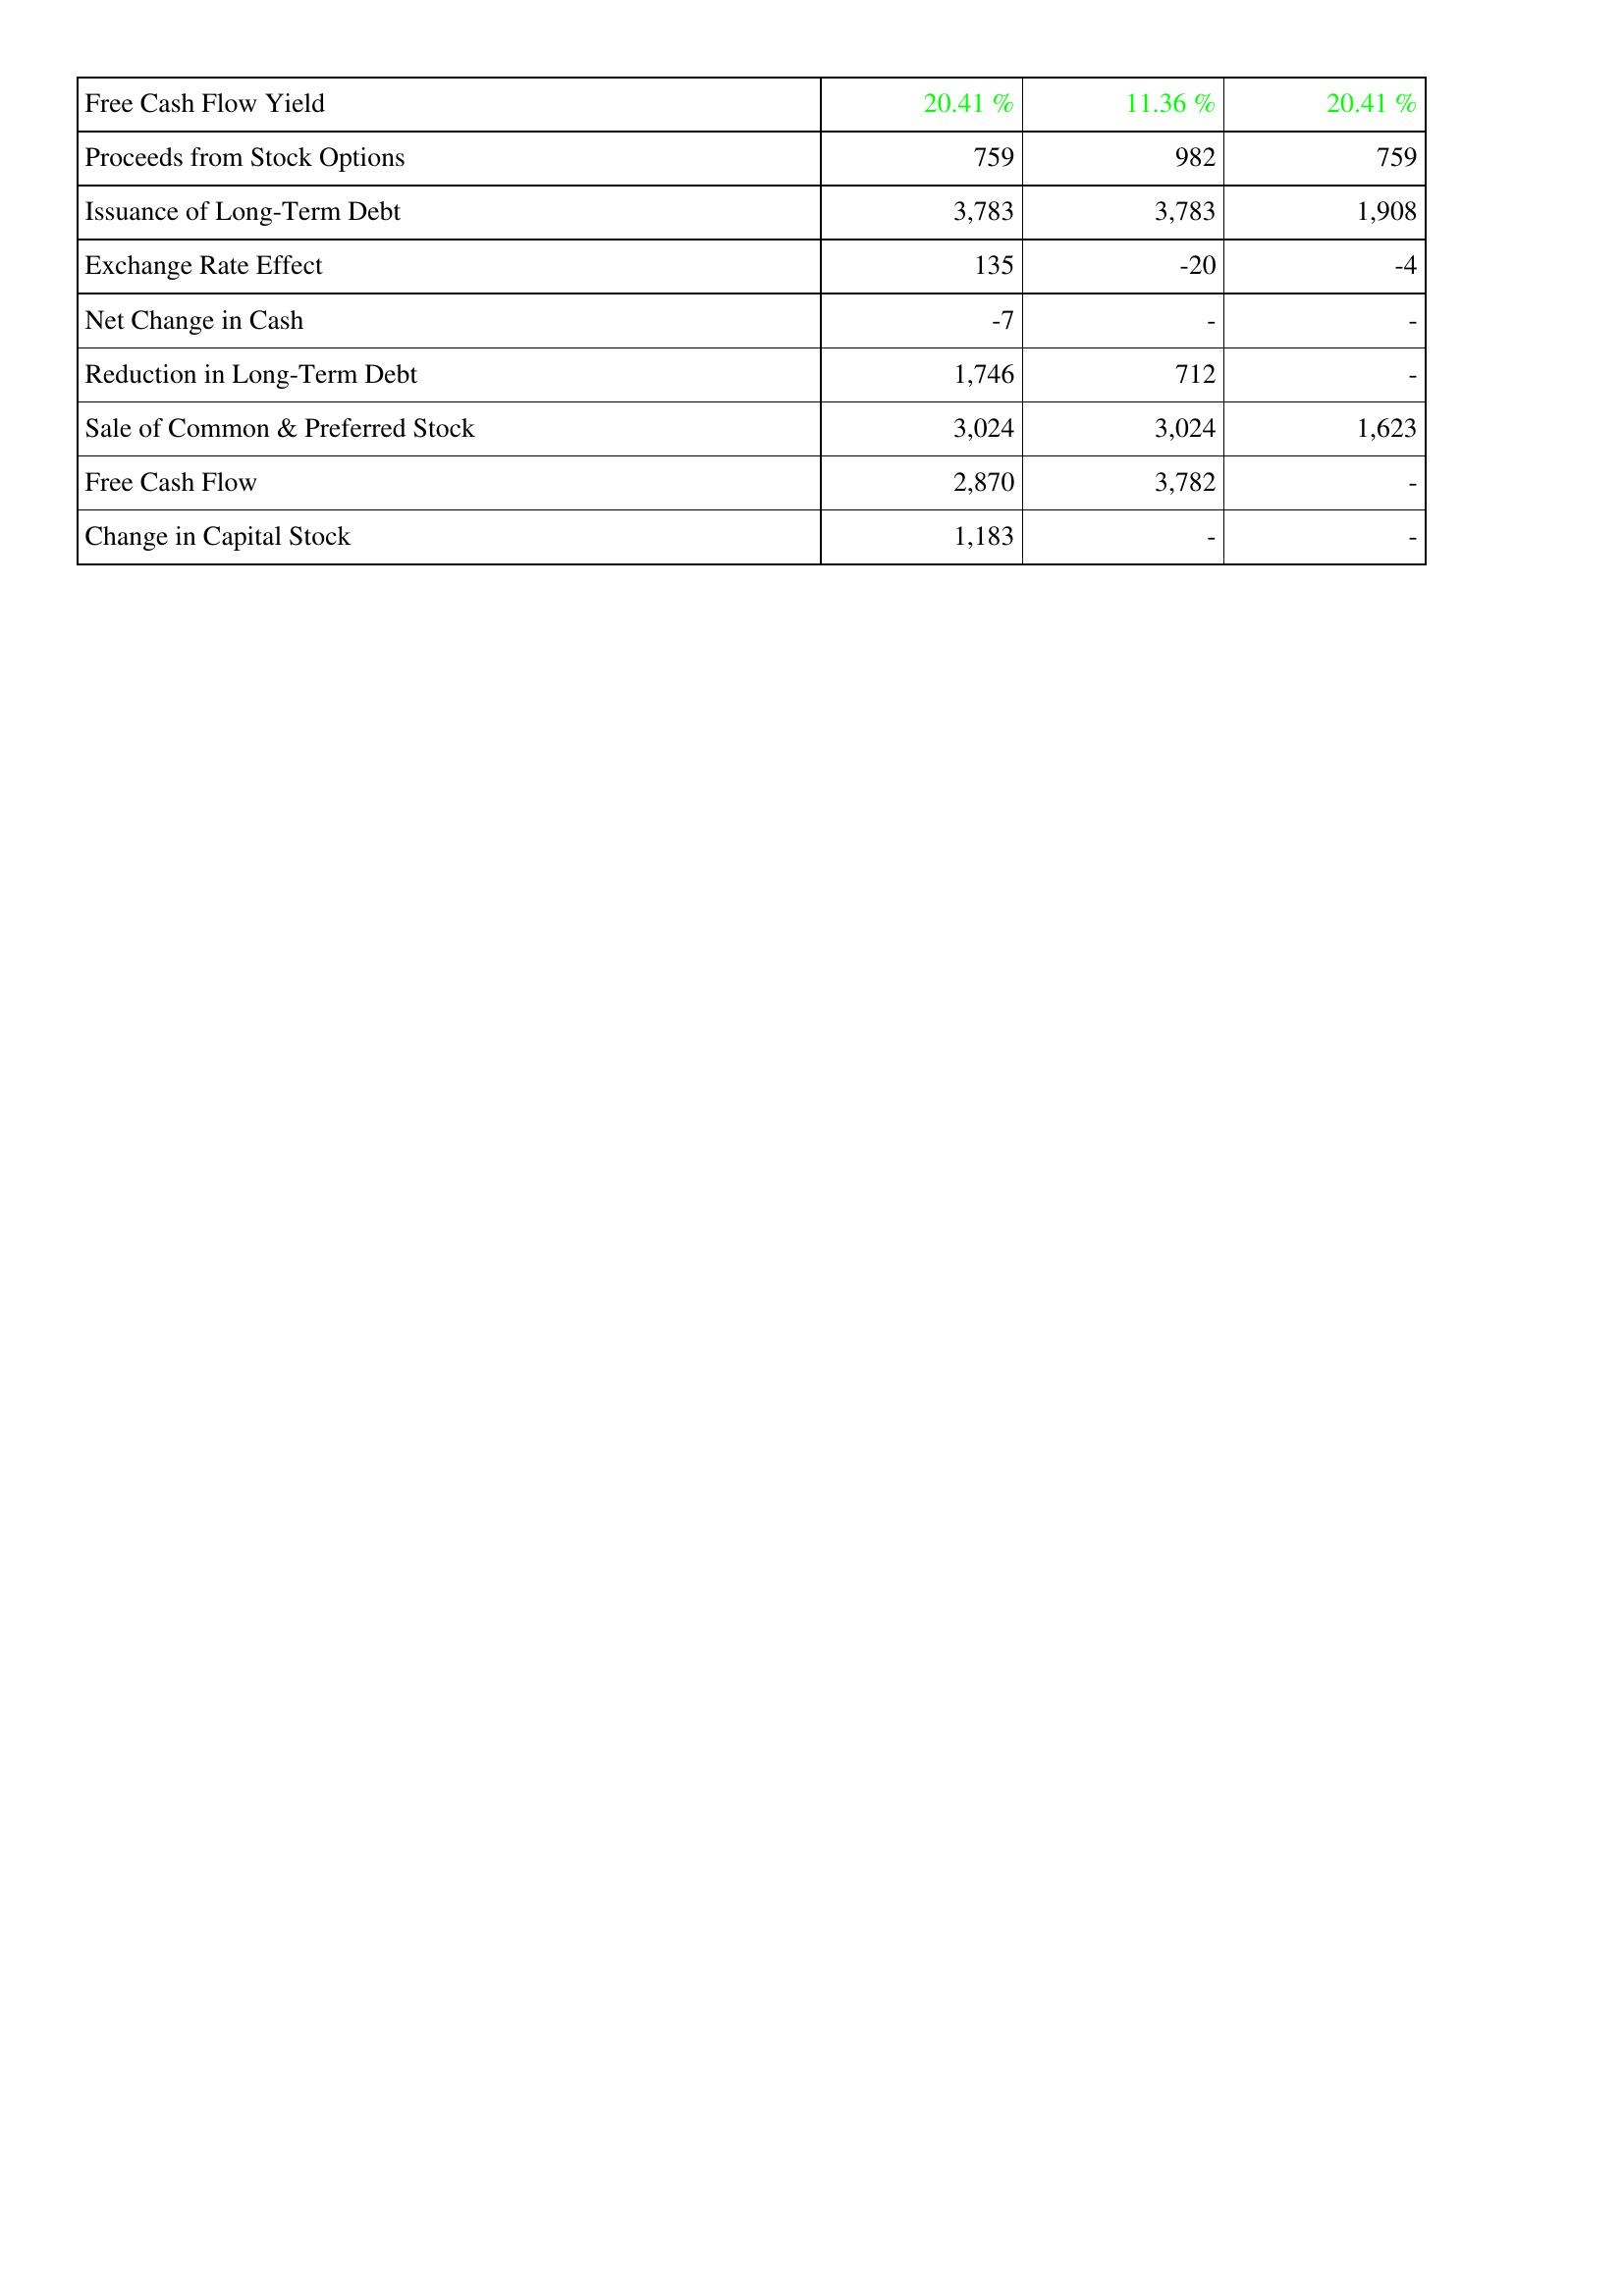
2014: Financing Activities: Free Cash Flow Yield: 20.41 %
Proceeds from Stock Options: 759
Issuance of Long-Term Debt: 3,783
Exchange Rate Effect: 135
Net Change in Cash: -7
Reduction in Long-Term Debt: 1,746
Sale of Common & Preferred Stock: 3,024
Free Cash Flow: 2,870
Change in Capital Stock: 1,183
2015: Financing Activities: Free Cash Flow Yield: 11.36 %
Proceeds from Stock Options: 982
Issuance of Long-Term Debt: 3,783
Exchange Rate Effect: -20
Net Change in Cash: -
Reduction in Long-Term Debt: 712
Sale of Common & Preferred Stock: 3,024
Free Cash Flow: 3,782
Change in Capital Stock: -
2016: Financing Activities: Free Cash Flow Yield: 20.41 %
Proceeds from Stock Options: 759
Issuance of Long-Term Debt: 1,908
Exchange Rate Effect: -4
Net Change in Cash: -
Reduction in Long-Term Debt: -
Sale of Common & Preferred Stock: 1,623
Free Cash Flow: -
Change in Capital Stock: -